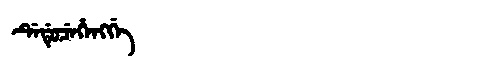
Manchu: ᡩᡝᡩᡠᠴᡝᡥᡝᠩᡤᡝ
Romanization: DEDUCEHENGGE